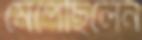
মেপেছিলেন